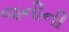
જનીની